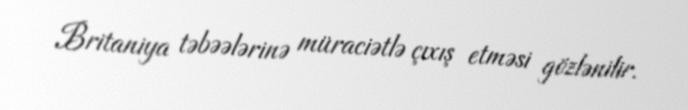
Britaniya təbəələrinə müraciətlə çıxış etməsi gözlənilir.